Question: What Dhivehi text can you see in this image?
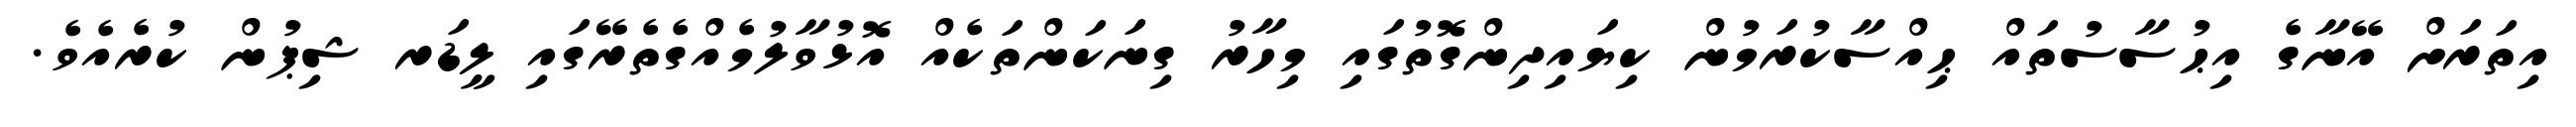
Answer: އިތަރަށް އޭނާގެ އިޙުސާސުތައް ޙިއްސާކުރަމުން ކިޔައިދިންގޮތުގައި މިހާރު ގިނަކަންތަކެއް އޮޅުވާލުމެއްގެތެރޭގައި ލީޑަރ ޝިޕުން ކުރެއެވެ.